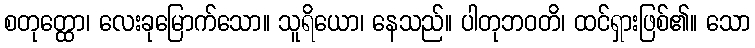
စတုတ္ထော၊ လေးခုမြောက်သော။ သူရိယော၊ နေသည်။ ပါတုဘဝတိ၊ ထင်ရှားဖြစ်၏။ သော